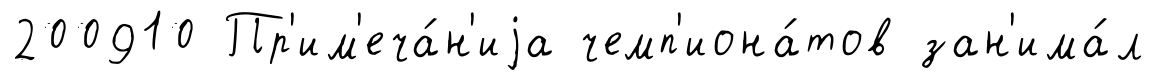
200910 Пр'им'еча́н'иjа чемп'иона́тов зан'има́л